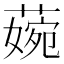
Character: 𦹅